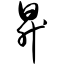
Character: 升